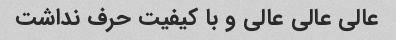
عالی عالی عالی و با کیفیت حرف نداشت